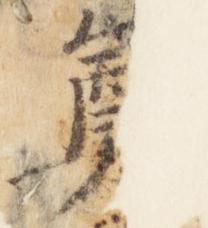
奠